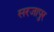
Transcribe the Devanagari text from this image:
सरजापुर